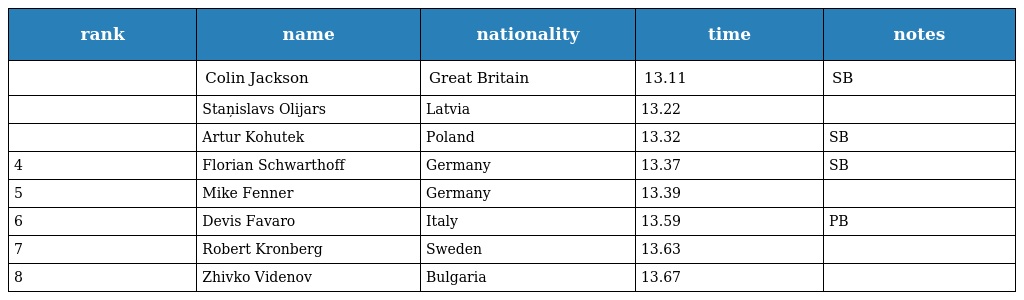
| rank | name | nationality | time | notes |
 | --- | --- | --- | --- | --- |
 |  | Colin Jackson | Great Britain | 13.11 | SB |
 |  | Staņislavs Olijars | Latvia | 13.22 |  |
 |  | Artur Kohutek | Poland | 13.32 | SB |
 | 4 | Florian Schwarthoff | Germany | 13.37 | SB |
 | 5 | Mike Fenner | Germany | 13.39 |  |
 | 6 | Devis Favaro | Italy | 13.59 | PB |
 | 7 | Robert Kronberg | Sweden | 13.63 |  |
 | 8 | Zhivko Videnov | Bulgaria | 13.67 |  |